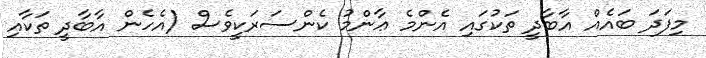
މިފަދަ ބައެއް އާބާދީ ތަކުގައި އެންމެ ޢާންމު ކެންސަރަކީވެސް (އެހެން އާބާދީ ތަކާއި